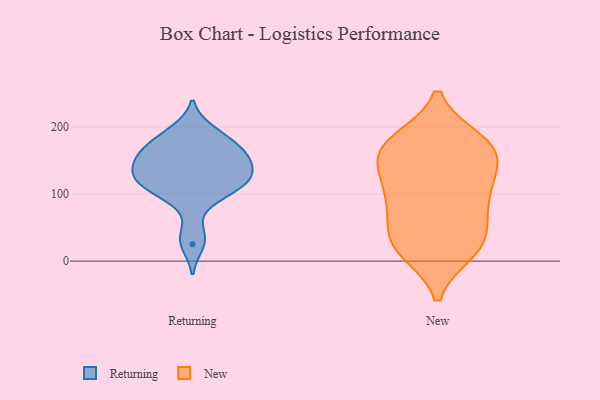
{"axis": {"x": "Market Share (%)", "y": "Value"}, "legend": ["New", "Returning"], "data": [{"x": "", "y": 122, "type": "Returning"}, {"x": "", "y": 173, "type": "Returning"}, {"x": "", "y": 152, "type": "Returning"}, {"x": "", "y": 122, "type": "Returning"}, {"x": "", "y": 138, "type": "Returning"}, {"x": "", "y": 25, "type": "Returning"}, {"x": "", "y": 103, "type": "Returning"}, {"x": "", "y": 191, "type": "Returning"}, {"x": "", "y": 195, "type": "Returning"}, {"x": "", "y": 153, "type": "Returning"}, {"x": "", "y": 129, "type": "Returning"}, {"x": "", "y": 91, "type": "Returning"}, {"x": "", "y": 172, "type": "Returning"}, {"x": "", "y": 114, "type": "Returning"}, {"x": "", "y": 163, "type": "Returning"}, {"x": "", "y": 157, "type": "Returning"}, {"x": "", "y": 110, "type": "Returning"}, {"x": "", "y": 39, "type": "Returning"}, {"x": "", "y": 133, "type": "Returning"}, {"x": "", "y": 180, "type": "New"}, {"x": "", "y": 94, "type": "New"}, {"x": "", "y": 36, "type": "New"}, {"x": "", "y": 24, "type": "New"}, {"x": "", "y": 177, "type": "New"}, {"x": "", "y": 141, "type": "New"}, {"x": "", "y": 14, "type": "New"}, {"x": "", "y": 171, "type": "New"}, {"x": "", "y": 172, "type": "New"}, {"x": "", "y": 134, "type": "New"}, {"x": "", "y": 111, "type": "New"}, {"x": "", "y": 15, "type": "New"}, {"x": "", "y": 85, "type": "New"}, {"x": "", "y": 30, "type": "New"}, {"x": "", "y": 169, "type": "New"}, {"x": "", "y": 89, "type": "New"}, {"x": "", "y": 61, "type": "New"}, {"x": "", "y": 143, "type": "New"}]}